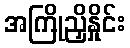
အကြိုညှိနှိုင်း